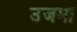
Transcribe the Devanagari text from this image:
उजमा